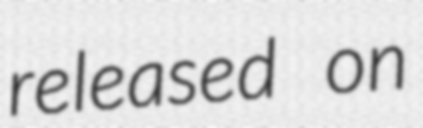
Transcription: released on